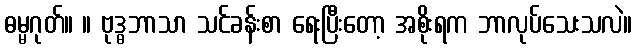
ဓမ္မဂုတ်။ ။ ဗုဒ္ဓဘာသာ သင်ခန်းစာ ရေးပြီးတော့ အစိုးရက ဘာလုပ်သေးသလဲ။